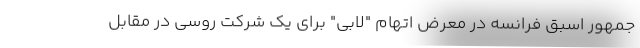
جمهور اسبق فرانسه در معرض اتهام "لابی" برای یک شرکت روسی در مقابل